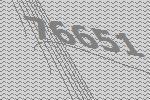
76651